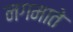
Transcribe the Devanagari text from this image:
नगमाते